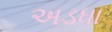
અડધા